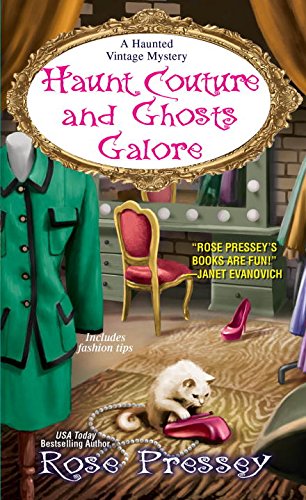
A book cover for Haunt Couture and Ghosts Galore (A Haunted Vintage Mystery); Rose Pressey; Mystery, Thriller & Suspense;